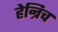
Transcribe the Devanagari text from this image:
हेन्रिच